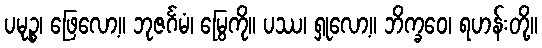
ပမုဉ္စ၊ ဖြေလော့။ ဘုဇင်္ဂမံ၊ မြွေကို။ ပဿ၊ ရှုလော့။ ဘိက္ခဝေ၊ ရဟန်းတို့။